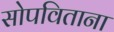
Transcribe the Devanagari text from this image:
सोपविताना